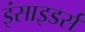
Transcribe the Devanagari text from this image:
इंसाइडर्स